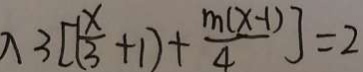
\lambda 3 [ ( \frac { x } { 3 } + 1 ) + \frac { m ( x - 1 ) } { 4 } ] = 2